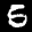
Label: 5